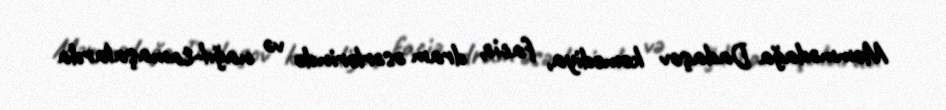
Məmmədağa Dadaşov komediya, faciə, dram əsərlərində və nağıl-tamaşalarda